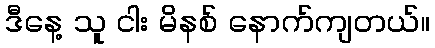
ဒီနေ့ သူ ငါး မိနစ် နောက်ကျတယ်။